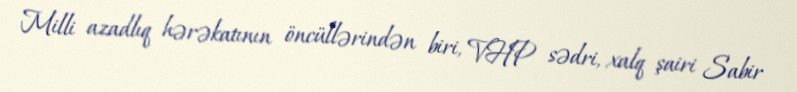
Milli azadlıq hərəkatının öncüllərindən biri, VHP sədri, xalq şairi Sabir